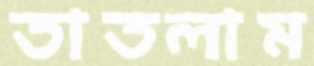
তাতলাম